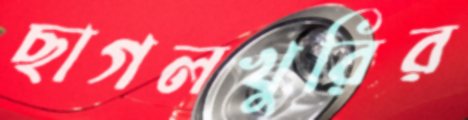
ছাগলখুরির